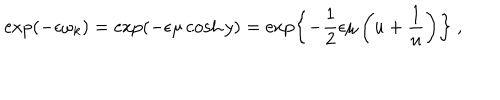
\exp \left( - \epsilon \omega _ { k } \right) = \exp \left( - \epsilon \mu \cosh y \right) = \exp \left\{ - \frac { 1 } { 2 } \epsilon \mu \left( u + \frac { 1 } { u } \right) \right\} \ ,